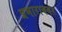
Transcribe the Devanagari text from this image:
प्रभाराववर